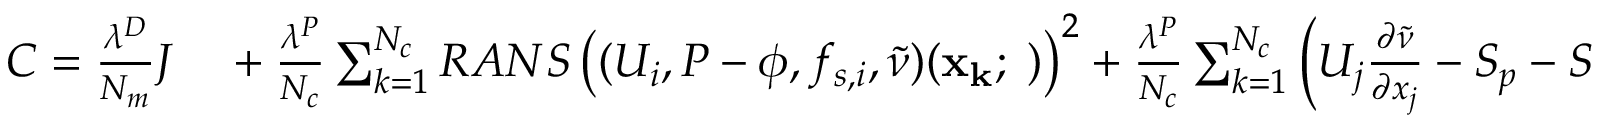
\begin{array} { r l } { C = \frac { \lambda ^ { D } } { N _ { m } } J } & { { } + \frac { \lambda ^ { P } } { N _ { c } } \sum _ { k = 1 } ^ { N _ { c } } R A N S \left( ( U _ { i } , P - \phi , f _ { s , i } , \tilde { \nu } ) ( \mathbf { x _ { k } ; \theta } ) \right) ^ { 2 } + \frac { \lambda ^ { P } } { N _ { c } } \sum _ { k = 1 } ^ { N _ { c } } \left( U _ { j } \frac { \partial \tilde { \nu } } { \partial x _ { j } } - S _ { p } - S _ { d i f f } - S _ { c } - S _ { d } \right) ( \mathbf { x _ { k } ; \theta } ) ^ { 2 } } \end{array}